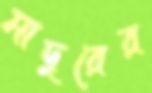
মাদুরের